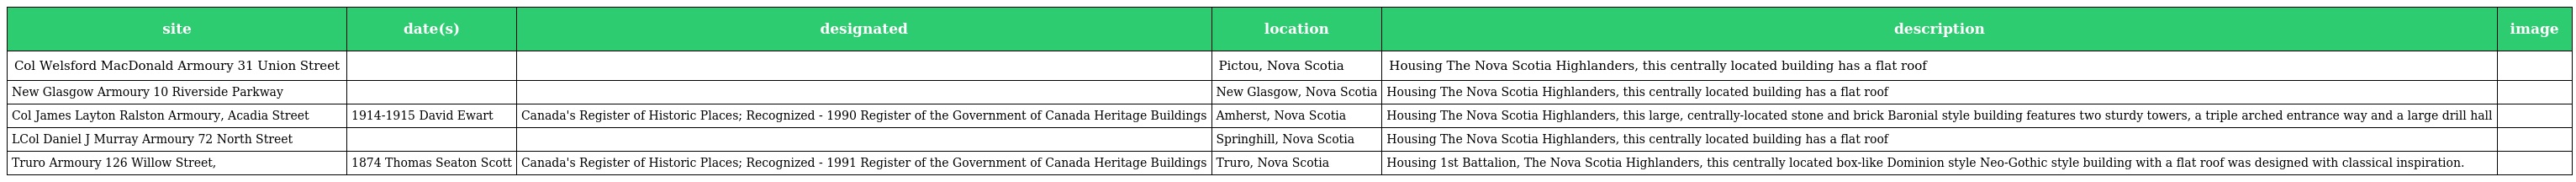
| site | date(s) | designated | location | description | image |
 | --- | --- | --- | --- | --- | --- |
 | Col Welsford MacDonald Armoury 31 Union Street |  |  | Pictou, Nova Scotia | Housing The Nova Scotia Highlanders, this centrally located building has a flat roof |  |
 | New Glasgow Armoury 10 Riverside Parkway |  |  | New Glasgow, Nova Scotia | Housing The Nova Scotia Highlanders, this centrally located building has a flat roof |  |
 | Col James Layton Ralston Armoury, Acadia Street | 1914-1915 David Ewart | Canada's Register of Historic Places; Recognized - 1990 Register of the Government of Canada Heritage Buildings | Amherst, Nova Scotia | Housing The Nova Scotia Highlanders, this large, centrally-located stone and brick Baronial style building features two sturdy towers, a triple arched entrance way and a large drill hall |  |
 | LCol Daniel J Murray Armoury 72 North Street |  |  | Springhill, Nova Scotia | Housing The Nova Scotia Highlanders, this centrally located building has a flat roof |  |
 | Truro Armoury 126 Willow Street, | 1874 Thomas Seaton Scott | Canada's Register of Historic Places; Recognized - 1991 Register of the Government of Canada Heritage Buildings | Truro, Nova Scotia | Housing 1st Battalion, The Nova Scotia Highlanders, this centrally located box-like Dominion style Neo-Gothic style building with a flat roof was designed with classical inspiration. |  |